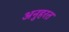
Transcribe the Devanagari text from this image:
अनुहरत